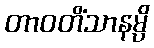
တာဝတိံသာနမ္ပိ